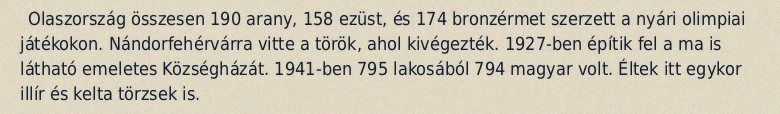
Olaszország összesen 190 arany, 158 ezüst, és 174 bronzérmet szerzett a nyári olimpiai játékokon. Nándorfehérvárra vitte a török, ahol kivégezték. 1927-ben építik fel a ma is látható emeletes Községházát. 1941-ben 795 lakosából 794 magyar volt. Éltek itt egykor illír és kelta törzsek is.